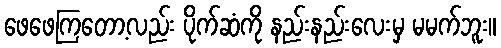
ဖေဖေကြတော့လည်း ပိုက်ဆံကို နည်းနည်းလေးမှ မမက်ဘူး။